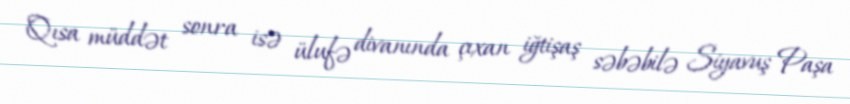
Qısa müddət sonra isə ülufə divanında çıxan iğtişaş səbəbilə Siyavuş Paşa